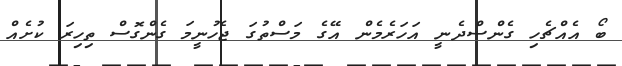
ބޯ އެއްޗެހި ގެންސްދެނީ އަހަރެމެން އޭގެ މަސްތުގަ ޖެހުނީމަ ގެންގޮސް ތިހިރަ ކުށެއް